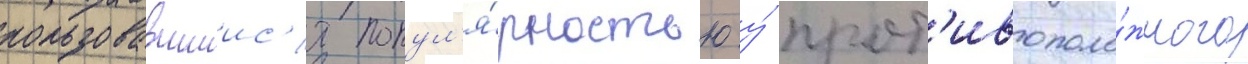
пользовавшиис'я попул'я́рностью у́ прот'ивополо́жного